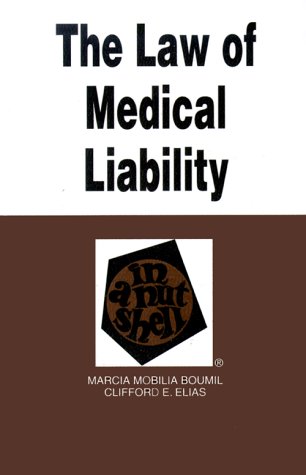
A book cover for The Law of Medical Liability in a Nutshell (Nutshell Series); Marcia Mobilia Boumil; Law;